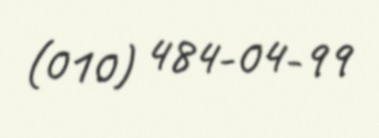
(010) 484-04-99